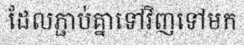
ដែលភ្ជាប់គ្នាទៅវិញទៅមក